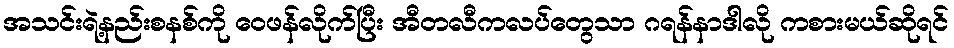
အသင်းရဲ့နည်းစနစ်ကို ဝေဖန်လိုက်ပြီး အီတလီကလပ်တွေသာ ဂရန်နာဒါလို ကစားမယ်ဆိုရင်